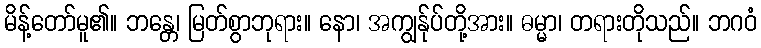
မိန့်တော်မူ၏။ ဘန္တေ၊ မြတ်စွာဘုရား။ နော၊ အကျွန်ုပ်တို့အား။ ဓမ္မာ၊ တရားတိုသည်။ ဘဂဝံ